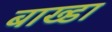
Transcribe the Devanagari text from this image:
बाख्डा